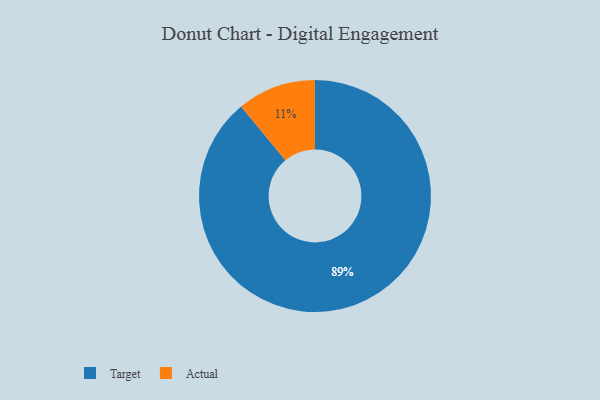
{"axis": {"x": "Category", "y": "Percentage"}, "legend": ["Actual", "Target"], "data": [{"x": "Actual", "y": 11, "type": "Actual"}, {"x": "Target", "y": 89, "type": "Target"}]}